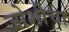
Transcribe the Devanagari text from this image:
जोशीचा